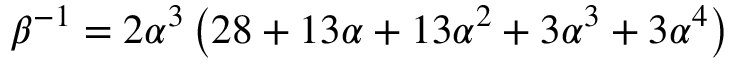
\beta ^ { - 1 } = 2 \alpha ^ { 3 } \left( 2 8 + 1 3 \alpha + 1 3 \alpha ^ { 2 } + 3 \alpha ^ { 3 } + 3 \alpha ^ { 4 } \right)